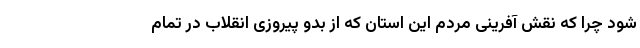
شود چرا که نقش آفرینی مردم این استان که از بدو پیروزی انقلاب در تمام